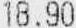
18.90